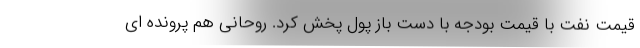
قیمت نفت با قیمت بودجه با دست باز پول پخش کرد. روحانی هم پرونده ای